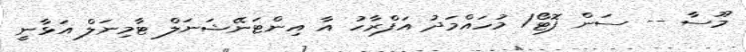
މޫސާ -- ސަން ފޮޓޯ/ މުހައްމަދު އަފްރާހު އާ އިންޓަނޭޝަނަލް ޓާމިނަލް އަޅާނީ